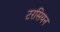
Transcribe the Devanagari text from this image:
टरसियन